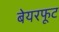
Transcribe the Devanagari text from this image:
बेयरफूट